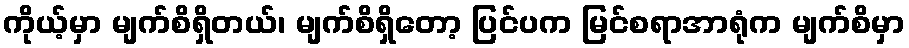
ကိုယ့်မှာ မျက်စိရှိတယ်၊ မျက်စိရှိတော့ ပြင်ပက မြင်စရာအာရုံက မျက်စိမှာ